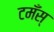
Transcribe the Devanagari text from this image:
टमँस्